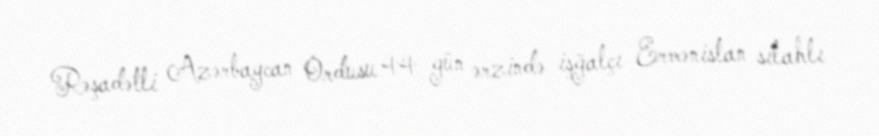
Rəşadətli Azərbaycan Ordusu 44 gün ərzində işğalçı Ermənistan silahlı